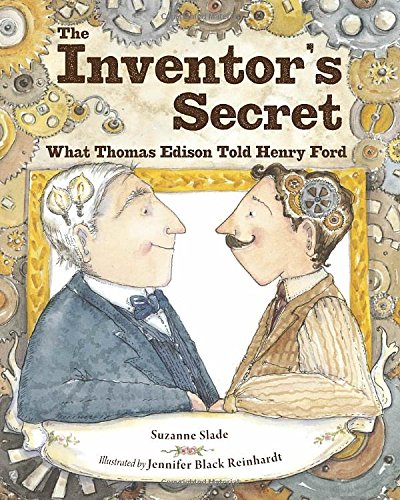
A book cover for The Inventor's Secret: What Thomas Edison Told Henry Ford; Suzanne Slade; Children's Books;